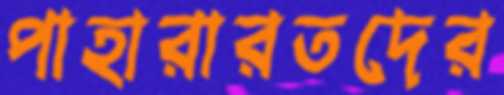
পাহারারতদের